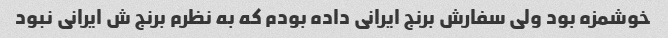
خوشمزه بود ولی سفارش برنج ایرانی داده بودم که به نظرم برنج ش ایرانی نبود